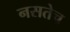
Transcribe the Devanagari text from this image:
नसतेच